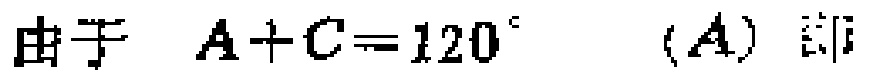
由于 \(A + C = 120^{\circ}\)  (A) 即